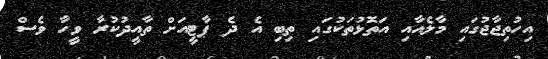
އިހުތިޖާޖުގައި މާލެއާއި އަތޮޅުތަކުގައި ތިބި އެ ދެ ޕާޓީއަށް ތާއީދުކުރާ ވީހާ ވެސް